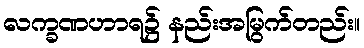
လက္ခဏဟာရ၌ နည်းအမြွက်တည်း။